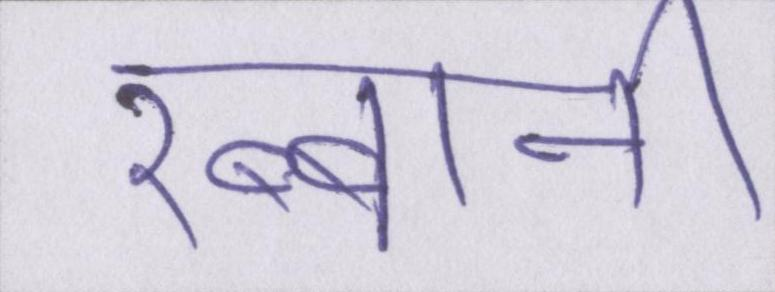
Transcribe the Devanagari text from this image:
रब्बानी